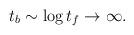
LaTeX: \begin{align*}t_b\sim\log t_f\rightarrow\infty .\end{align*}